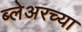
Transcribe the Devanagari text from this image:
ब्लेअरच्या